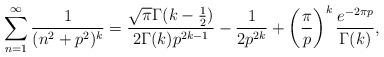
LaTeX: \begin{align*}\sum _{n=1}^\infty \frac{1}{(n^2+p^2)^k}=\frac{\sqrt{\pi}\Gamma(k-\frac{1}{2})}{2\Gamma(k)p^{2k-1}}-\frac{1}{2p^{2k}}+\left( \frac{\pi}{p} \right)^k\frac{e^{-2\pi p}}{\Gamma(k)},\end{align*}